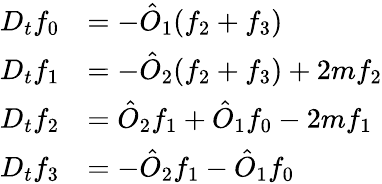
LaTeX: \begin{array}{rl}{D_{t}f_{0}}&{=-\hat{O}_{1}(f_{2}+f_{3})}\\ {D_{t}f_{1}}&{=-\hat{O}_{2}(f_{2}+f_{3})+2mf_{2}}\\ {D_{t}f_{2}}&{=\hat{O}_{2}f_{1}+\hat{O}_{1}f_{0}-2mf_{1}}\\ {D_{t}f_{3}}&{=-\hat{O}_{2}f_{1}-\hat{O}_{1}f_{0}}\end{array}